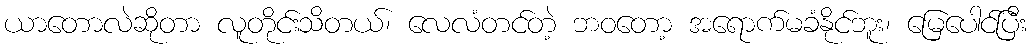
ယာတောလဲဆိုတာ လူတိုင်းသိတယ်၊ လေလံတင်တဲ့ ဘဝတော့ အရောက်မခံနိုင်ဘူး၊ မြေပေါင်ပြီး